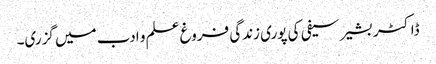
ڈاکٹر بشیر سیفی کی پوری زندگی فروغ علم و ادب میں گزری۔